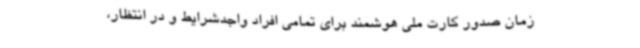
زمان صدور کارت ملی هوشمند برای تمامی افراد واجدشرایط و در انتظار،